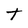
Character: t